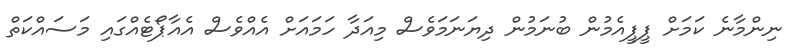
ނިންމާނެ ކަމަށް ޕީޕީއެމުން ބުނަމުން ދިޔަނަމަވެސް މިއަދާ ހަމައަށް އެއްވެސް އެއާޕޯޓެއްގައި މަސައްކަތް